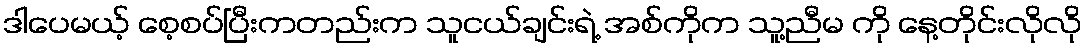
ဒါပေမယ့် စေ့စပ်ပြီးကတည်းက သူငယ်ချင်းရဲ့ အစ်ကိုက သူ့ညီမ ကို နေ့တိုင်းလိုလို